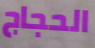
الحجاج